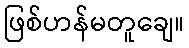
ဖြစ်ဟန်မတူချေ။